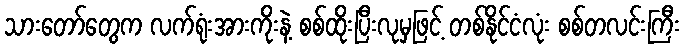
သားတော်တွေက လက်ရုံးအားကိုးနဲ့ စစ်ထိုးပြီးလုမှဖြင့် တစ်နိုင်ငံလုံး စစ်တလင်းကြီး